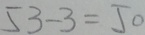
5 3 - 3 = 5 0